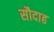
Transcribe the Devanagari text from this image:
सौदाह